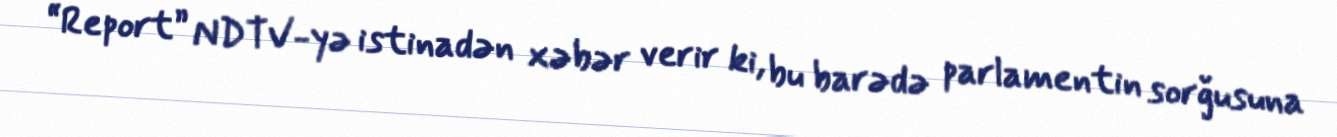
“Report” NDTV-yə istinadən xəbər verir ki, bu barədə parlamentin sorğusuna